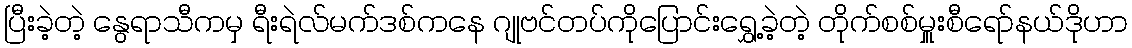
ပြီးခဲ့တဲ့ နွေရာသီကမှ ရီးရဲလ်မက်ဒစ်ကနေ ဂျုဗင်တပ်ကိုပြောင်းရွှေ့ခဲ့တဲ့ တိုက်စစ်မှူးစီရော်နယ်ဒိုဟာ